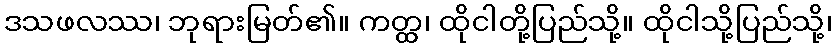
ဒသဖလဿ၊ ဘုရားမြတ်၏။ ကတ္ထ၊ ထိုငါတို့ပြည်သို့။ ထိုငါသို့ပြည်သို့၊